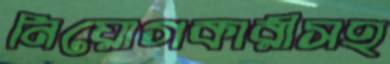
নিয়োগকারীসহ